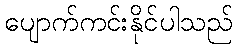
ပျောက်ကင်းနိုင်ပါသည်